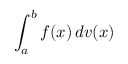
\int _ { a } ^ { b } f ( x ) \, d v ( x )